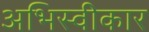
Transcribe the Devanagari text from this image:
अभिस्वीकार